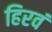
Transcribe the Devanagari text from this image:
हिरवं